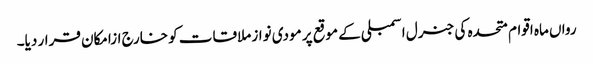
رواں ماہ اقوام متحدہ کی جنرل اسمبلی کے موقع پر مودی نواز ملاقات کو خارج ازامکان قرار دیا۔